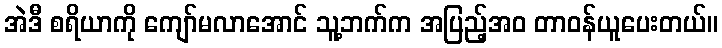
အဲဒီ စရိယာကို ကျော်မလာအောင် သူ့ဘက်က အပြည့်အဝ တာဝန်ယူပေးတယ်။